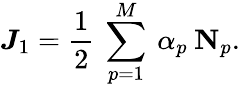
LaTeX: \boldsymbol{J}_{1}=\frac{1}{2}\: \sum_{p=1}^{M}\: \alpha_{p}\: \mathbf{N}_{p}.